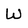
Character: W